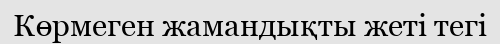
Көрмеген жамандықты жеті тегі